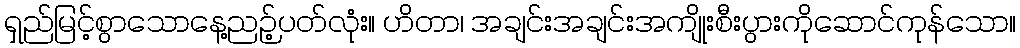
ရှည်မြင့်စွာသောနေ့ညဉ့်ပတ်လုံး။ ဟိတာ၊ အချင်းအချင်းအကျိုးစီးပွားကိုဆောင်ကုန်သော။